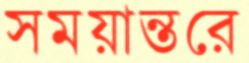
সময়ান্তরে